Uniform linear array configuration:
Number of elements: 64
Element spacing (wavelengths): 0.5
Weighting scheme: blackman
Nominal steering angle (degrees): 15
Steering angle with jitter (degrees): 16.131
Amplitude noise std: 0.05
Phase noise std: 0.05

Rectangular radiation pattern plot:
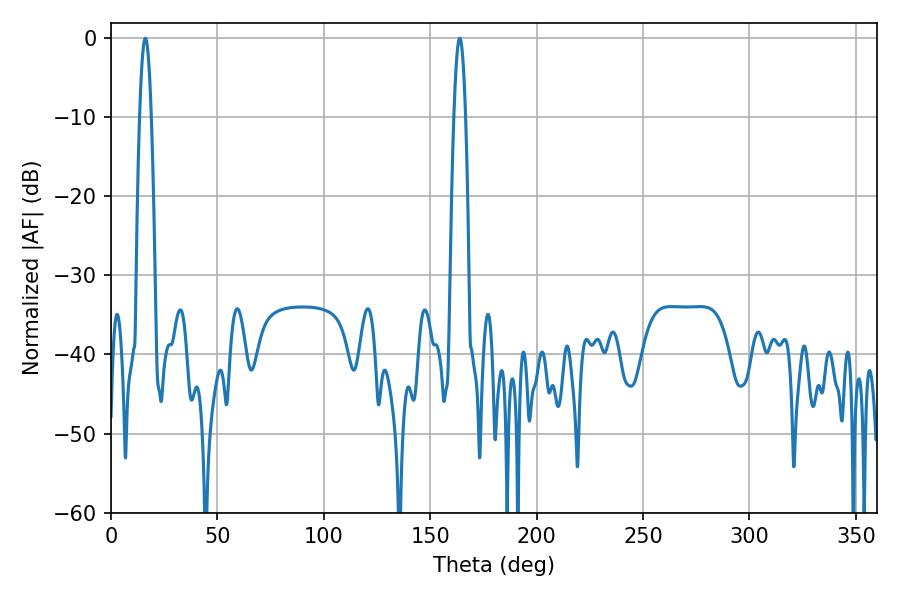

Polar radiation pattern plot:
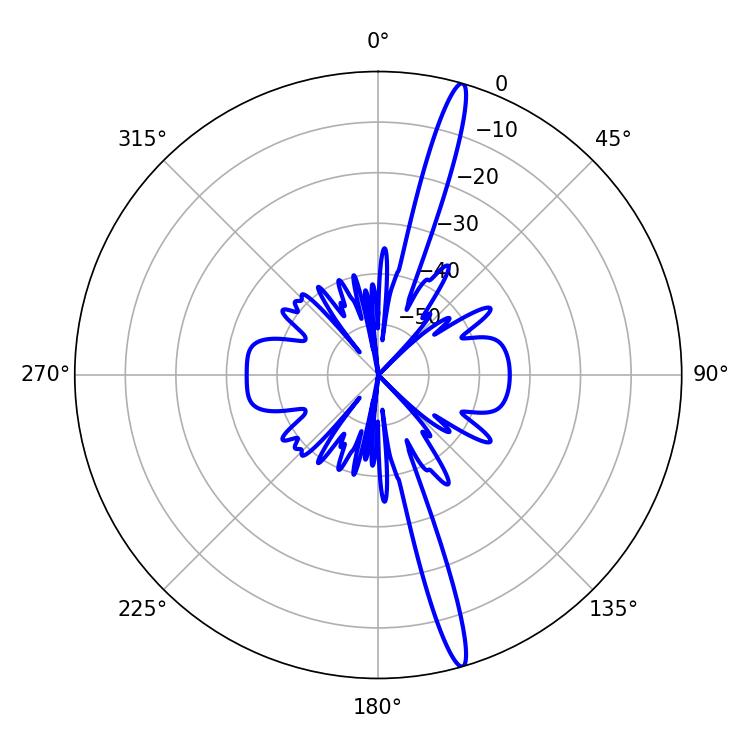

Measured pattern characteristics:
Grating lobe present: FALSE
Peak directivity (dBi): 17.968
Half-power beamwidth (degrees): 2.88
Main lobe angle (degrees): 163.8